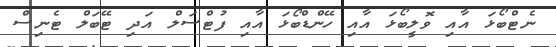
ނެޓްބޯޅަ އާއި ވޮލީބޯޅަ އާއި ހޭންޑްބޯޅަ އާއި ފުޓްސަލް އަދި ޓޭބަލް ޓެނިސް